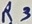
Text: R4